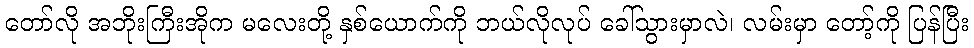
တော်လို အဘိုးကြီးအိုက မလေးတို့ နှစ်ယောက်ကို ဘယ်လိုလုပ် ခေါ်သွားမှာလဲ၊ လမ်းမှာ တော့်ကို ပြန်ပြီး